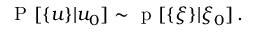
\mathrm { ~ P ~ } [ \{ u \} | u _ { 0 } ] \sim \mathrm { ~ p ~ } [ \{ \xi \} | \xi _ { 0 } ] \, .